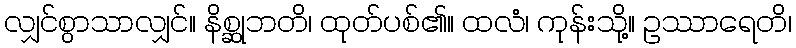
လျှင်စွာသာလျှင်။ နိစ္ဆုဘတိ၊ ထုတ်ပစ်၏။ ထလံ၊ ကုန်းသို့။ ဥဿာရေတိ၊